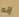
إنه